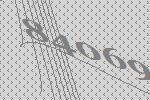
84069